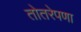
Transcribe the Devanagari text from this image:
तोतरेपणा